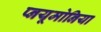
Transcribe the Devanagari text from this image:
प्नयूमोनिया